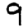
Digit: 9